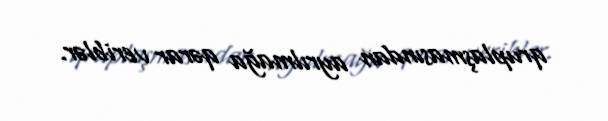
qruplaşmasından ayrılmağa qərar veriblər.